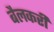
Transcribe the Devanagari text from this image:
बैलकरी